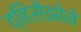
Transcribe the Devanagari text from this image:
व्हिंसेंझोने